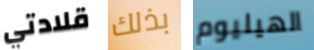
قلادتي بذلك الهيليوم